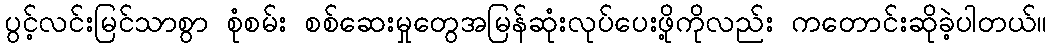
ပွင့်လင်းမြင်သာစွာ စုံစမ်း စစ်ဆေးမှုတွေအမြန်ဆုံးလုပ်ပေးဖို့ကိုလည်း ကတောင်းဆိုခဲ့ပါတယ်။